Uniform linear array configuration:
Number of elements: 24
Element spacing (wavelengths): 0.75
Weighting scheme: cosine
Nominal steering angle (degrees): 60
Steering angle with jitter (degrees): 59.399
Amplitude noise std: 0.05
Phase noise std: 0.05

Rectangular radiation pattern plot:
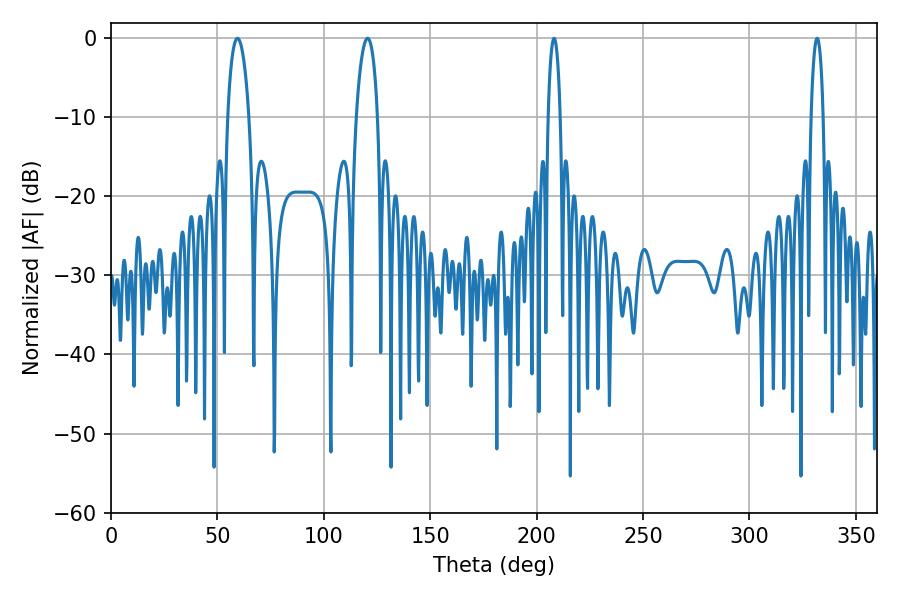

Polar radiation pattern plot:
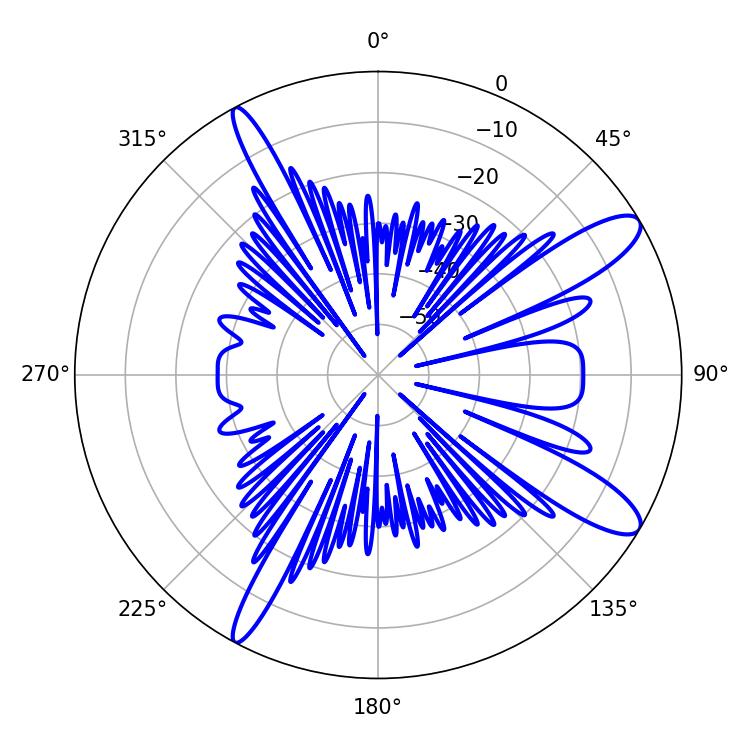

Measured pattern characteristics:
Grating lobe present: TRUE
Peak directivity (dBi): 11.843
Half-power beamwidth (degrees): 5.76
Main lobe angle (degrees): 59.4